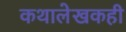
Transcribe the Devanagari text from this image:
कथालेखकही